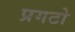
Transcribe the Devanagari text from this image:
प्रगटो